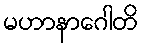
မဟာနာဂေါတိ